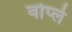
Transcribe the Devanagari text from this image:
वोर्प्ले